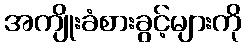
အကျိုးခံစားခွင့်များကို